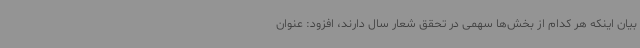
بیان اینکه هر کدام از بخش‌ها سهمی در تحقق شعار سال دارند، افزود: عنوان